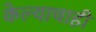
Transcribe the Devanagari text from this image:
केल्याचाही